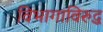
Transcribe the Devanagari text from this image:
विभागाविरुद्ध